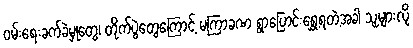
ဝမ်းရေးခက်ခဲမှုတွေ၊ တိုက်ပွဲတွေကြောင့် မကြာခဏ ရွာပြောင်းရွှေ့ရတဲ့အခါ သူများလို